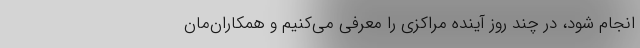
انجام شود، در چند روز آینده مراکزی را معرفی می‌کنیم و همکاران‌مان